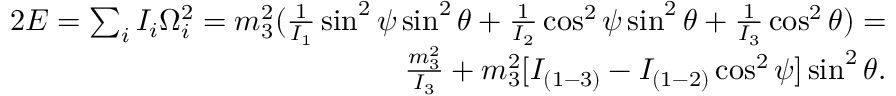
\begin{array} { r } { 2 E = \sum _ { i } I _ { i } \Omega _ { i } ^ { 2 } = m _ { 3 } ^ { 2 } ( \frac { 1 } { I _ { 1 } } \sin ^ { 2 } \psi \sin ^ { 2 } \theta + \frac { 1 } { I _ { 2 } } \cos ^ { 2 } \psi \sin ^ { 2 } \theta + \frac { 1 } { I _ { 3 } } \cos ^ { 2 } \theta ) = } \\ { \frac { m _ { 3 } ^ { 2 } } { I _ { 3 } } + m _ { 3 } ^ { 2 } [ I _ { ( 1 - 3 ) } - I _ { ( 1 - 2 ) } \cos ^ { 2 } \psi ] \sin ^ { 2 } \theta . } \end{array}